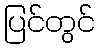
ပြင်တွင်